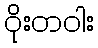
ဝိုးတဝါး